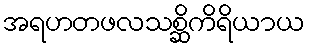
အရဟတဖလသစ္ဆိကိရိယာယ